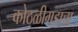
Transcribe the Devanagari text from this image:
कोठळीगडाचा